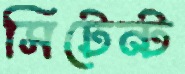
সিটেন্ট